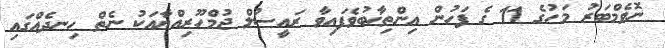
ނޮވެމްބަރު މަހުގެ 11 ގެ ފަހުން އިންތިޚާބުވެފައިވާ ރައީސުލް ޖުމްހޫރިއްޔާއަކު ނެތް ހިނދެއްގައި